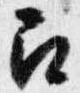
召